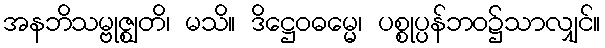
အနဘိသမ္ဗုဇ္ဈတိ၊ မသိ။ ဒိဋ္ဌေဝဓမ္မေ၊ ပစ္စုပ္ပန်ဘဝ၌သာလျှင်။